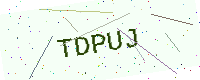
Text: TDPUJ